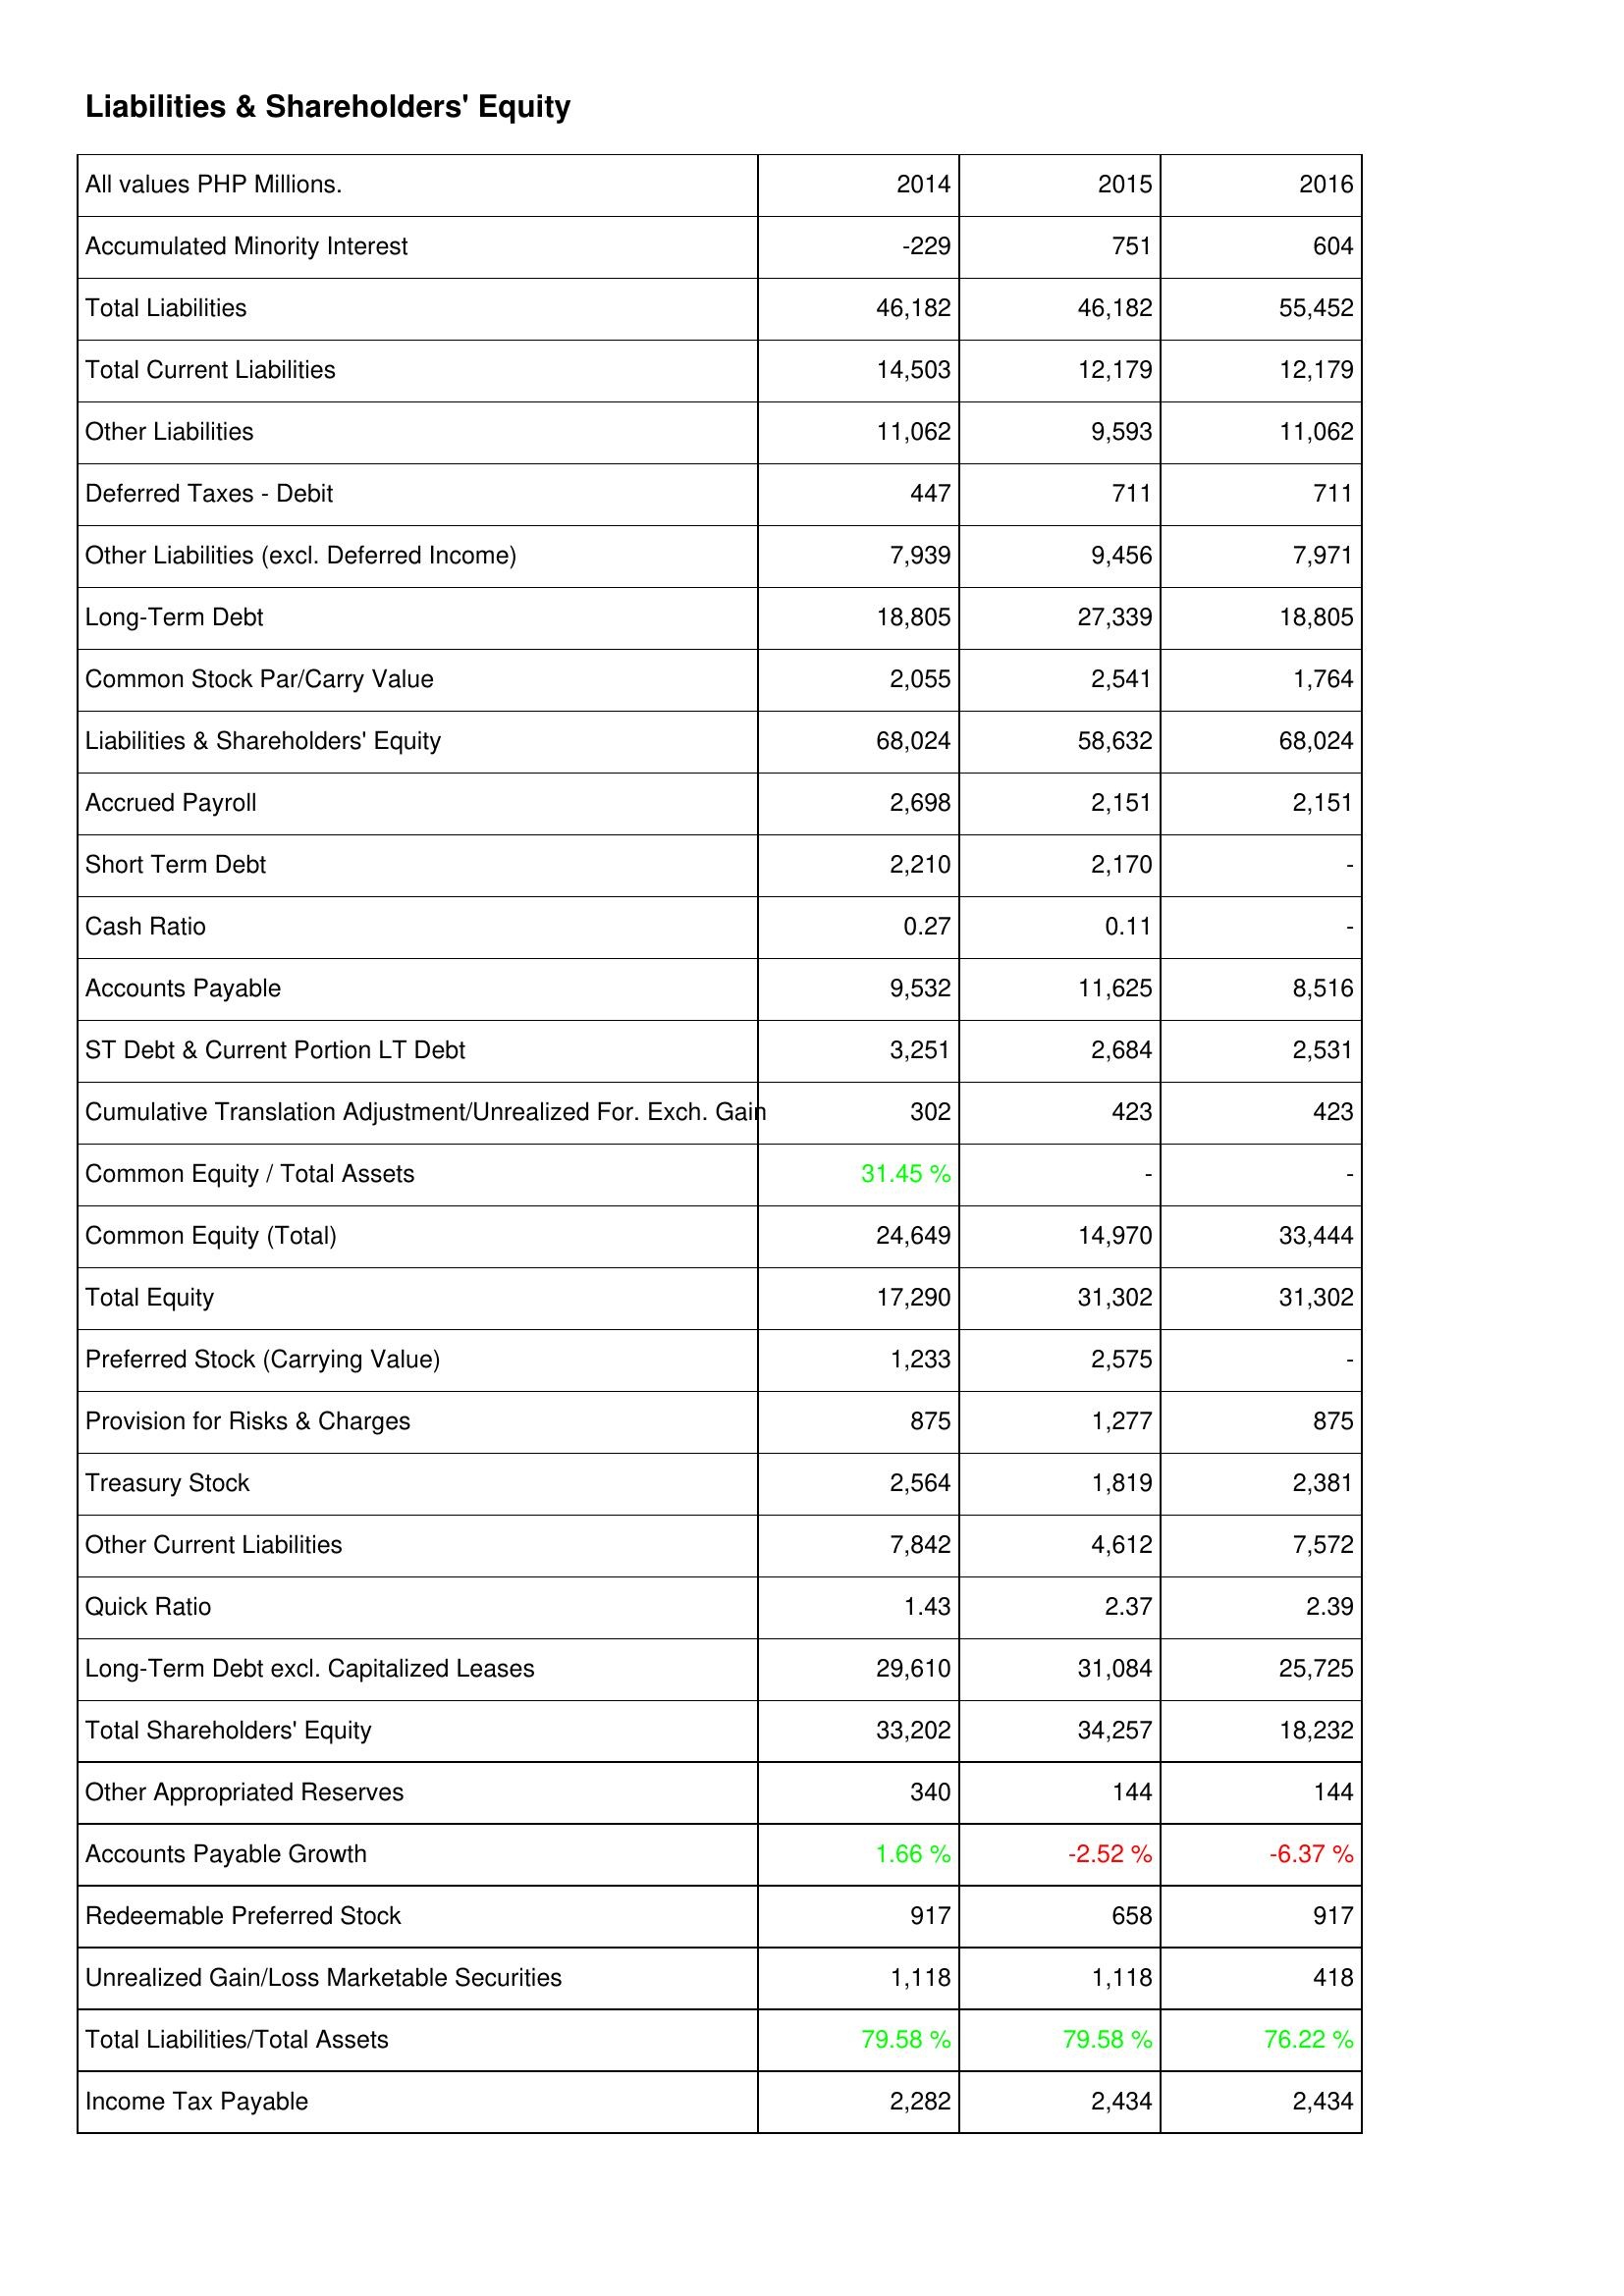
2014: Liabilities & Shareholders' Equity: Accumulated Minority Interest: -229
Total Liabilities: 46,182
Total Current Liabilities: 14,503
Other Liabilities: 11,062
Deferred Taxes - Debit: 447
Other Liabilities (excl. Deferred Income): 7,939
Long-Term Debt: 18,805
Common Stock Par/Carry Value: 2,055
Liabilities & Shareholders' Equity: 68,024
Accrued Payroll: 2,698
Short Term Debt: 2,210
Cash Ratio: 0.27
Accounts Payable: 9,532
ST Debt & Current Portion LT Debt: 3,251
Cumulative Translation Adjustment/Unrealized For. Exch. Gain: 302
Common Equity / Total Assets: 31.45 %
Common Equity (Total): 24,649
Total Equity: 17,290
Preferred Stock (Carrying Value): 1,233
Provision for Risks & Charges: 875
Treasury Stock: 2,564
Other Current Liabilities: 7,842
Quick Ratio: 1.43
Long-Term Debt excl. Capitalized Leases: 29,610
Total Shareholders' Equity: 33,202
Other Appropriated Reserves: 340
Accounts Payable Growth: 1.66 %
Redeemable Preferred Stock: 917
Unrealized Gain/Loss Marketable Securities: 1,118
Total Liabilities/Total Assets: 79.58 %
Income Tax Payable: 2,282
2015: Liabilities & Shareholders' Equity: Accumulated Minority Interest: 751
Total Liabilities: 46,182
Total Current Liabilities: 12,179
Other Liabilities: 9,593
Deferred Taxes - Debit: 711
Other Liabilities (excl. Deferred Income): 9,456
Long-Term Debt: 27,339
Common Stock Par/Carry Value: 2,541
Liabilities & Shareholders' Equity: 58,632
Accrued Payroll: 2,151
Short Term Debt: 2,170
Cash Ratio: 0.11
Accounts Payable: 11,625
ST Debt & Current Portion LT Debt: 2,684
Cumulative Translation Adjustment/Unrealized For. Exch. Gain: 423
Common Equity / Total Assets: -
Common Equity (Total): 14,970
Total Equity: 31,302
Preferred Stock (Carrying Value): 2,575
Provision for Risks & Charges: 1,277
Treasury Stock: 1,819
Other Current Liabilities: 4,612
Quick Ratio: 2.37
Long-Term Debt excl. Capitalized Leases: 31,084
Total Shareholders' Equity: 34,257
Other Appropriated Reserves: 144
Accounts Payable Growth: -2.52 %
Redeemable Preferred Stock: 658
Unrealized Gain/Loss Marketable Securities: 1,118
Total Liabilities/Total Assets: 79.58 %
Income Tax Payable: 2,434
2016: Liabilities & Shareholders' Equity: Accumulated Minority Interest: 604
Total Liabilities: 55,452
Total Current Liabilities: 12,179
Other Liabilities: 11,062
Deferred Taxes - Debit: 711
Other Liabilities (excl. Deferred Income): 7,971
Long-Term Debt: 18,805
Common Stock Par/Carry Value: 1,764
Liabilities & Shareholders' Equity: 68,024
Accrued Payroll: 2,151
Short Term Debt: -
Cash Ratio: -
Accounts Payable: 8,516
ST Debt & Current Portion LT Debt: 2,531
Cumulative Translation Adjustment/Unrealized For. Exch. Gain: 423
Common Equity / Total Assets: -
Common Equity (Total): 33,444
Total Equity: 31,302
Preferred Stock (Carrying Value): -
Provision for Risks & Charges: 875
Treasury Stock: 2,381
Other Current Liabilities: 7,572
Quick Ratio: 2.39
Long-Term Debt excl. Capitalized Leases: 25,725
Total Shareholders' Equity: 18,232
Other Appropriated Reserves: 144
Accounts Payable Growth: -6.37 %
Redeemable Preferred Stock: 917
Unrealized Gain/Loss Marketable Securities: 418
Total Liabilities/Total Assets: 76.22 %
Income Tax Payable: 2,434